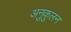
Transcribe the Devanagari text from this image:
अनुकुलन